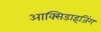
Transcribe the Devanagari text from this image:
आक्सिडाइजिंग